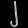
Digit: ၂